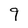
Character: 9